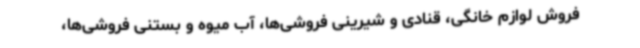
فروش لوازم خانگی، قنادی و شیرینی فروشی‌ها، آب میوه و بستنی فروشی‌ها،